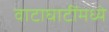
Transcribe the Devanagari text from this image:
वाटाघाटींमध्ये